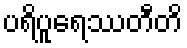
ပရိပူရေဿတီတိ